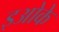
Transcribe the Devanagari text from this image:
इओके